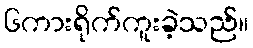
၆ကားရိုက်ကူးခဲ့သည်။